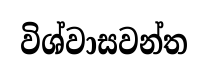
විශ්වාසවන්ත